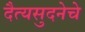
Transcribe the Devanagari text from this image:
दैत्यसुदनेचे